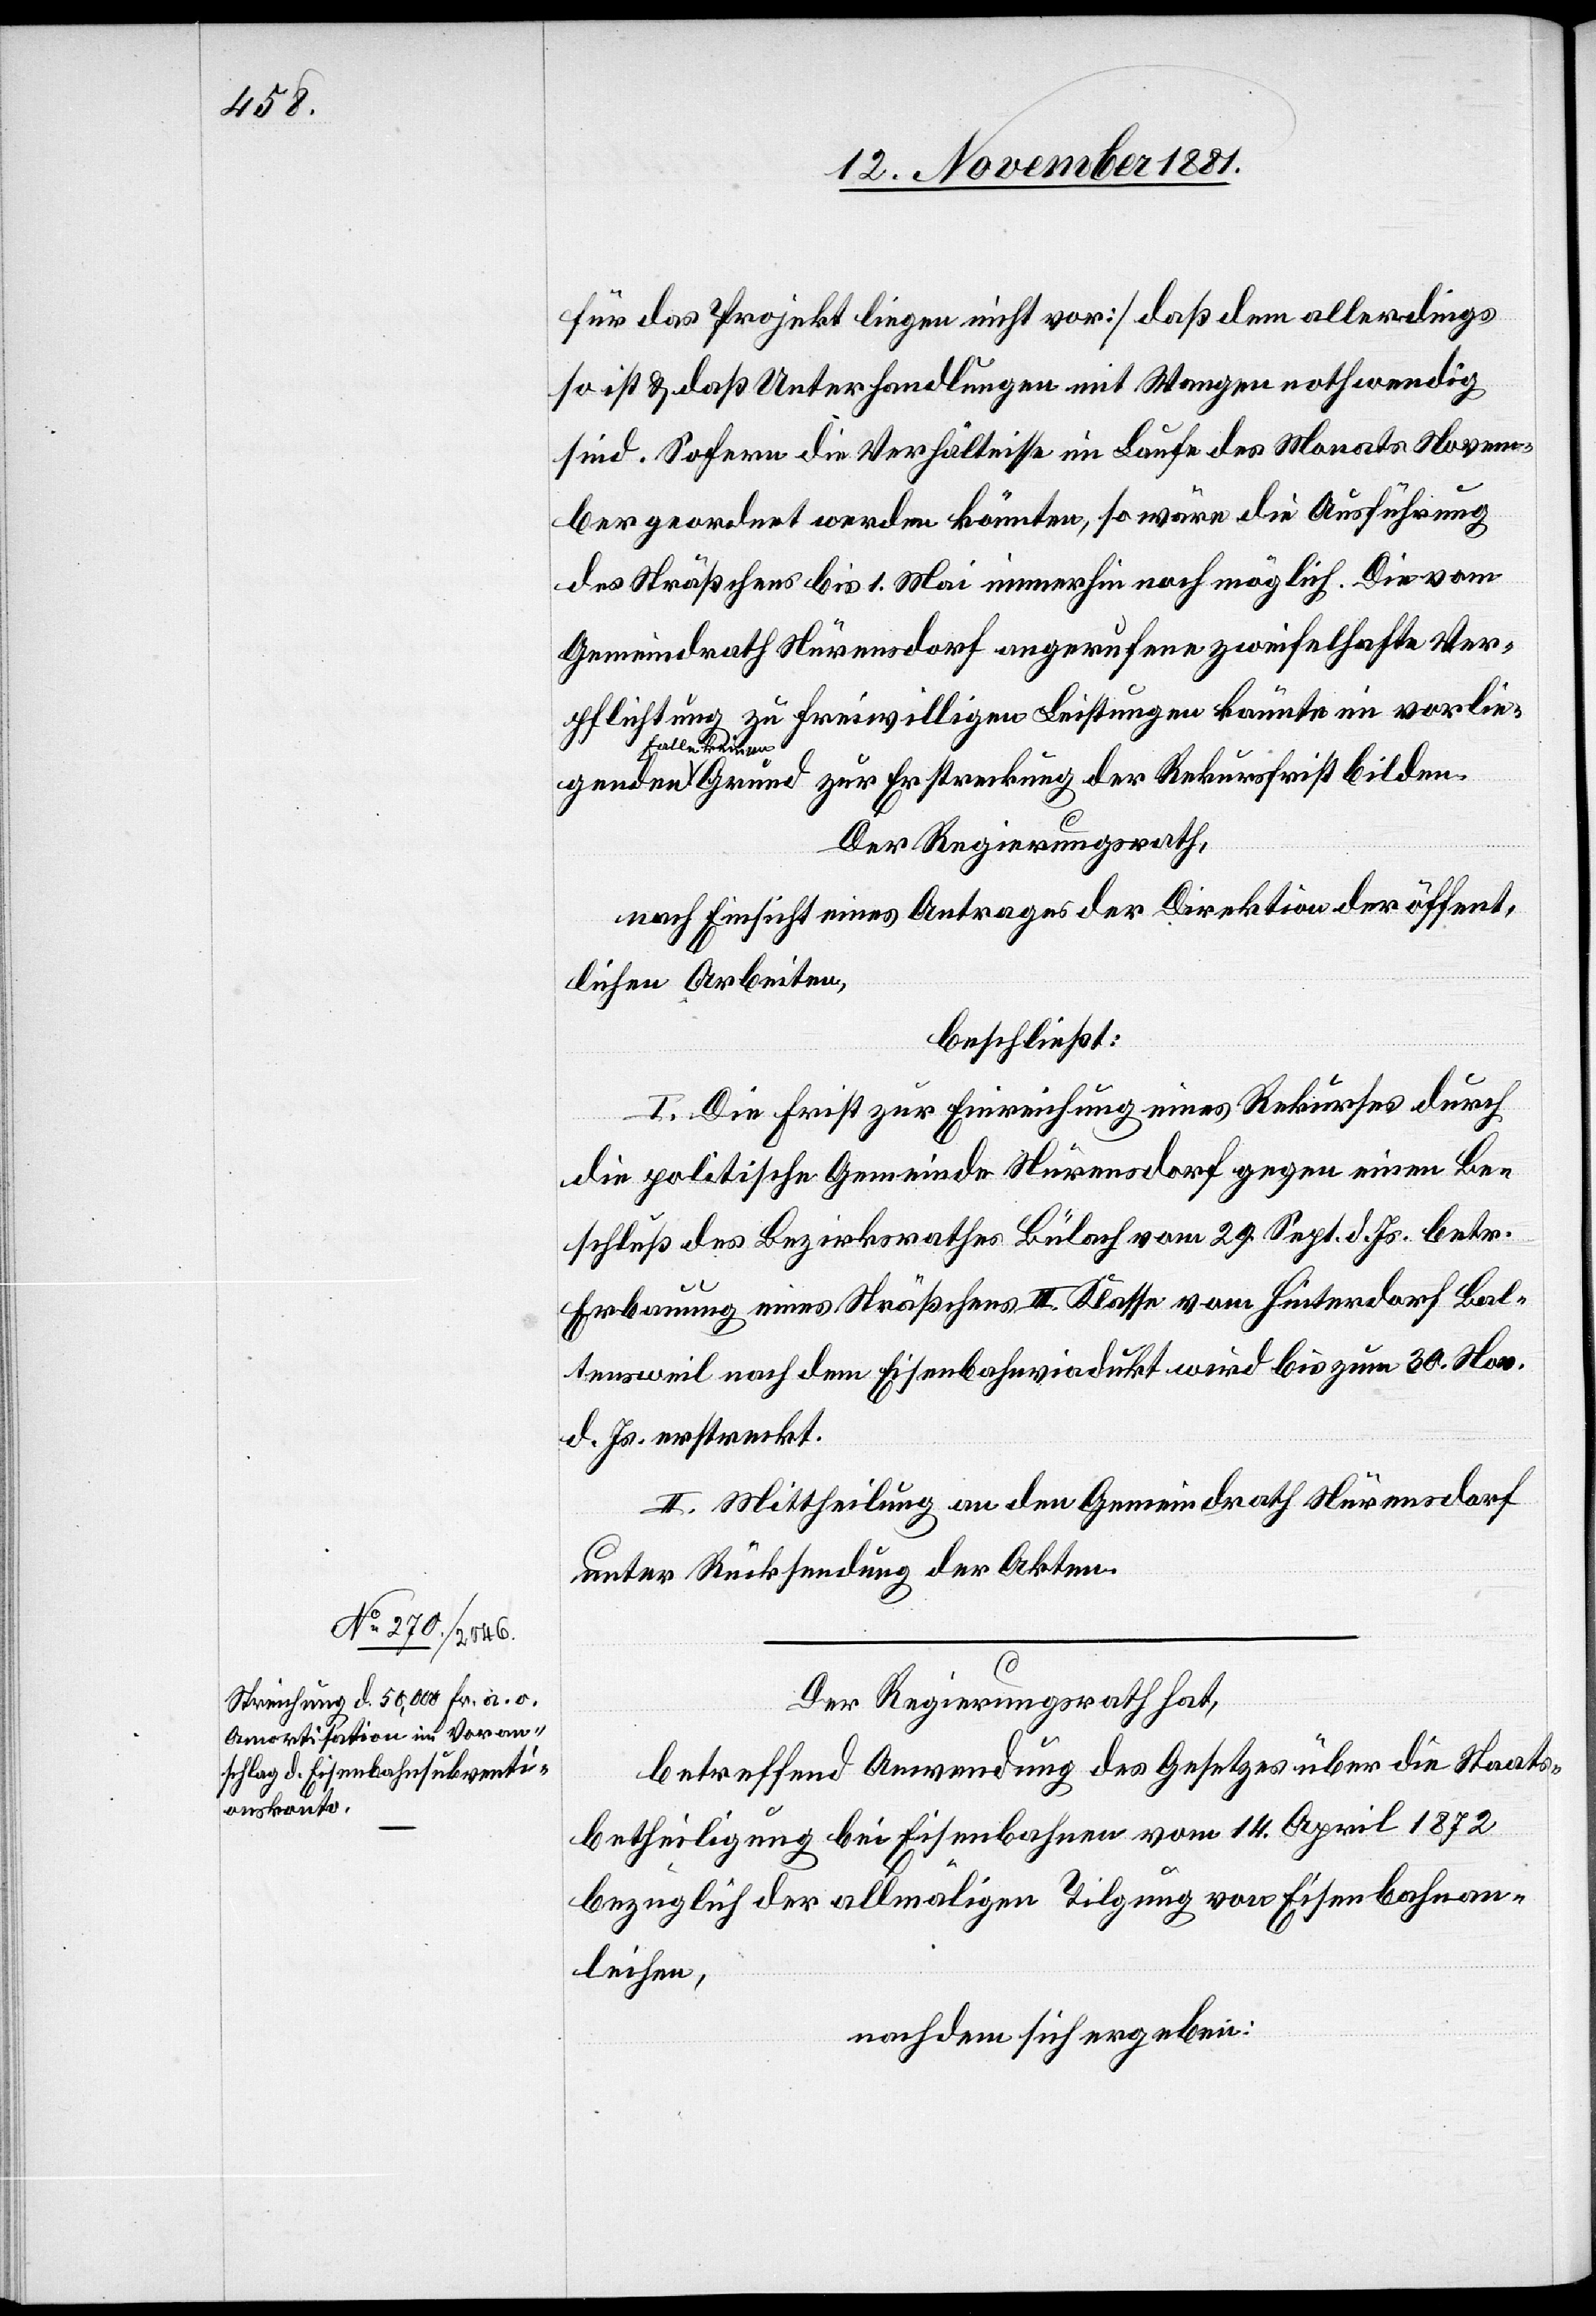
für das Projekt liegen nicht vor] daß dem allerdings
so ist & daß Unterhandlungen mit Wangen nothwendig
sind. Sofern die Verhältnisse im Laufe des Monats Novem¬
ber geordnet werden könnten, so wäre die Ausführung
des Sträßchens bis 1. Mai immerhin noch möglich. Die vom
Gemeindrath Nürensdorf angerufene zweifelhafte Ver¬
pflichtung zu freiwilligen Leistungen könnte im vorlie¬
genden
keinen Grund zur Erstreckung der Rekursfrist bilden.
Der Regierungsrath,
nach Einsicht eines Antrages der Direktion der öffent¬
lichen Arbeiten,
beschließt:
I. Die Frist zur Einreichung eines Rekurses durch
die politische Gemeinde Nürensdorf gegen einen Be¬
schluß des Bezirksrathes Bülach vom 29. Sept. d. Js. betr.
Erbauung eines Sträßchens III. Klasse vom Hinterdorf Bal¬
tensweil nach dem Eisenbahnviadukt wird bis zum 30. Nov.
d. Js. erstreckt.
II. Mittheilung an den Gemeindrath Nürensdorf
unter Rücksendung der Akten.
Der Regierungsrath hat,
betreffend Anwendung des Gesetzes über die Staats¬
betheiligung bei Eisenbahnen vom 14. April 1872
bezüglich der allmäligen Tilgung von Eisenbahnan¬
leihen,
nachdem sich ergeben: